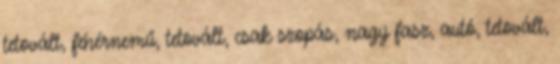
tetovált, fehérnemű, tetovált, csak szopás, nagy fasz, autó, tetovált,